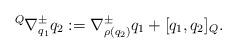
LaTeX: \begin{align*}{}^Q\nabla^\pm_{q_1}q_2:=\nabla^\pm_{\rho(q_2)}q_1+[q_1,q_2]_Q.\end{align*}